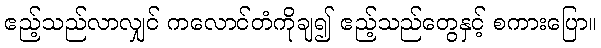
ဧည့်သည်လာလျှင် ကလောင်တံကိုချ၍ ဧည့်သည်တွေနှင့် စကားပြော။